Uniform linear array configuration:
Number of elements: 64
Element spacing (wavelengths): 0.5
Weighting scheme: hann
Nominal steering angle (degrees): -15
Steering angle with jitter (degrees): -16.617
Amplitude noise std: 0.05
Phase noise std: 0.05

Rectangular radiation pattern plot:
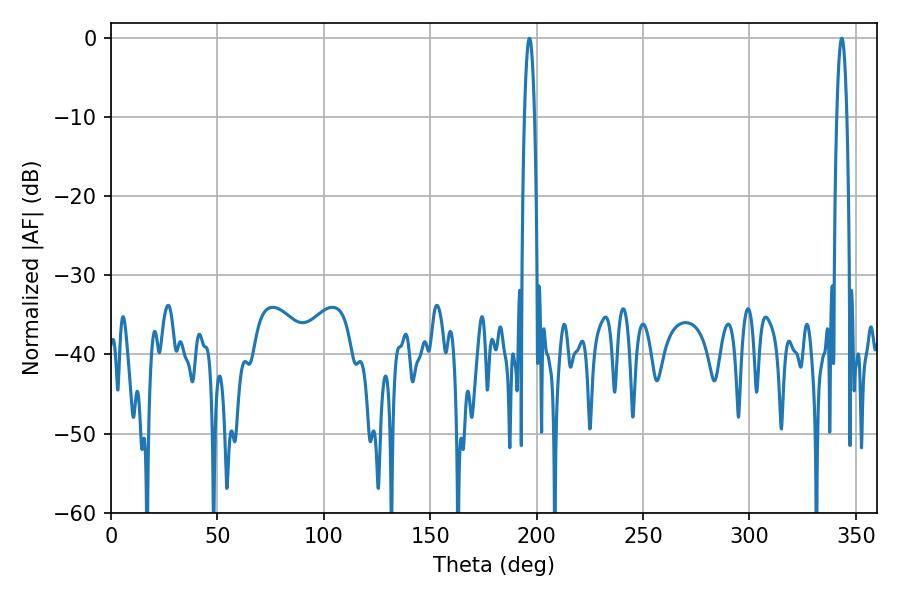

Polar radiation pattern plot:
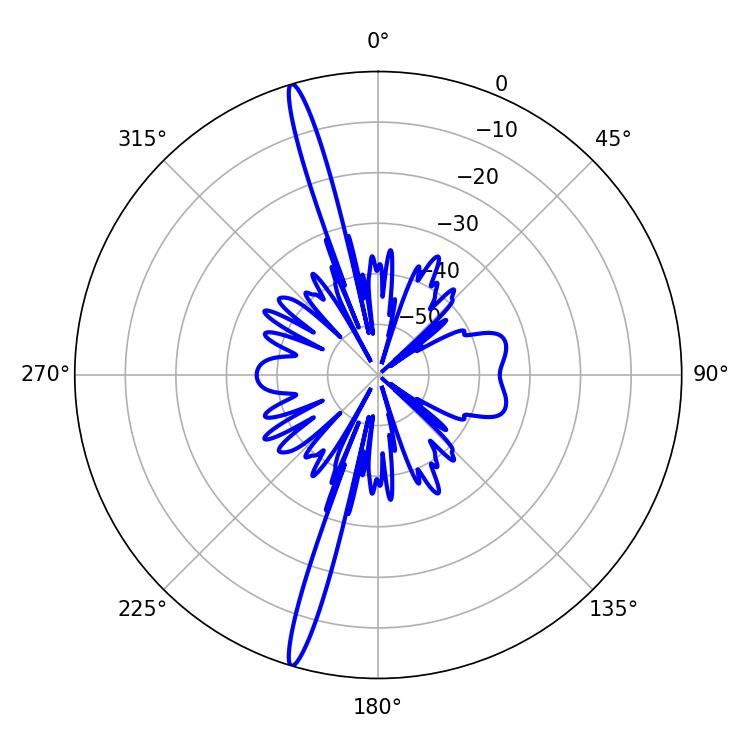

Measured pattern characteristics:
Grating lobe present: FALSE
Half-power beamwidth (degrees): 2.52
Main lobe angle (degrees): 196.56